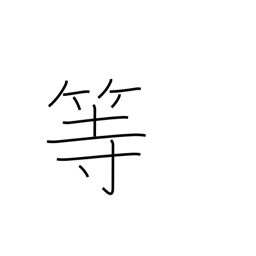
Meaning: etc.